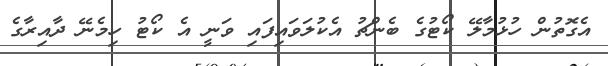
އެގޮތުން ހުޅުމާލޭ ކޯޓުގެ ބެންޗު އެކުލަވައިފައި ވަނީ އެ ކޯޓު ހިމެނޭ ދާއިރާގެ